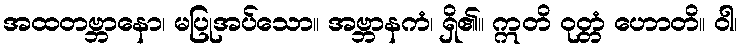
အထတဗ္ဘာနော၊ မပြုအပ်သော။ အဗ္ဘာနကံ၊ ရှိ၏။ ဣတိ ဝုတ္တံ ဟောတိ။ ဝါ၊